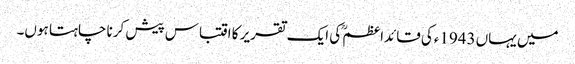
میں یہاں 1943ءکی قائداعظمؒ کی ایک تقریر کا اقتباس پیش کرنا چاہتا ہوں۔